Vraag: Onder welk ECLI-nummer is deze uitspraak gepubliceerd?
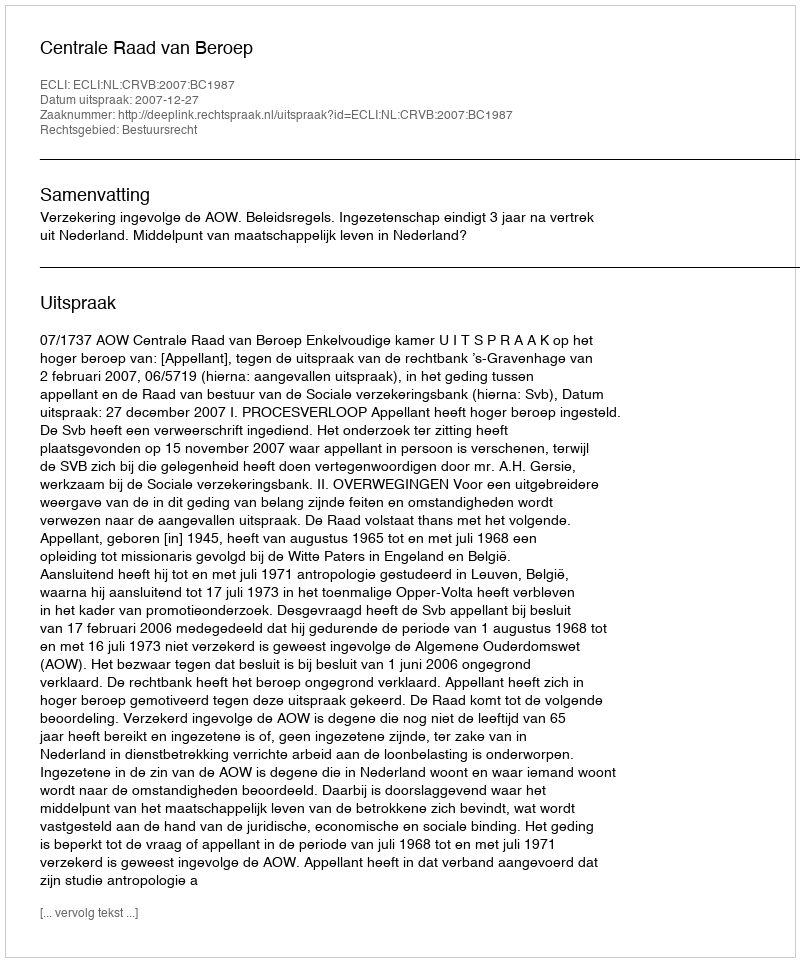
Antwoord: ECLI:NL:CRVB:2007:BC1987